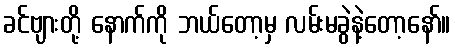
ခင်ဗျားတို့ နောက်ကို ဘယ်တော့မှ လမ်းမခွဲနဲ့တော့နော်။